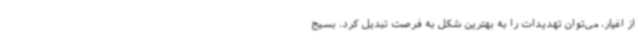
از اغیار، می‌توان تهدیدات را به بهترین شکل به فرصت تبدیل کرد. بسیج